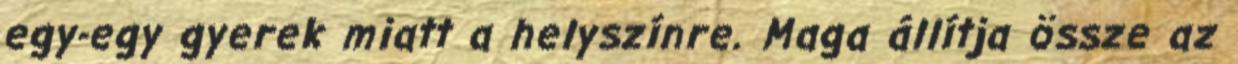
egy-egy gyerek miatt a helyszínre. Maga állítja össze az